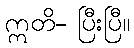
ဣတိ- ပြီးပြီ။